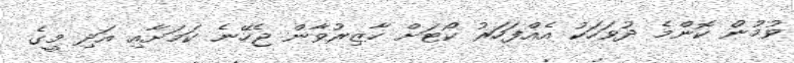
ވުމުން ކޮންމެ ދުވަހަކު އެއްފަހަރު ކޯޓަށް ހާޒިރުވާން ޖެހޭނެ ކަމަށާއި އަދި މީގެ